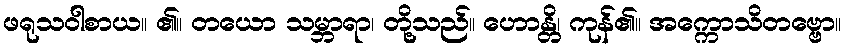
ဖရုသဝါစာယ။ ၏။ တယော သမ္ဘာရာ၊ တို့သည်။ ဟောန္တိ၊ ကုန်၏။ အက္ကောသိတဗ္ဗော။